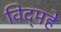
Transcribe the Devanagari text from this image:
विद्‌महे